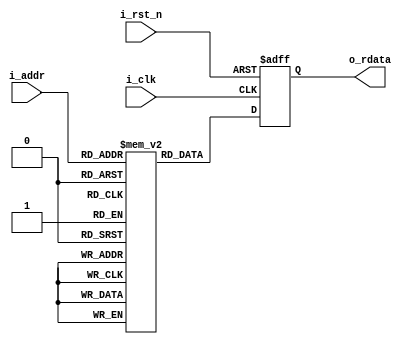
module LLR_mem #(
	parameter MEM_WIDTH = 32,
	parameter MEM_DEPTH = 64,
	parameter MEM_ADDRW = $clog2(MEM_DEPTH)
)
(
	input             			i_clk,
	input             			i_rst_n,
	input  [ MEM_ADDRW-1 : 0 ] 	i_addr,
	output [ MEM_WIDTH-1 : 0 ] 	o_rdata
);	
	reg  [ MEM_WIDTH-1 : 0 ] mem_r    [ 0 : MEM_DEPTH-1 ];
	reg  [ MEM_WIDTH-1 : 0 ] rdata_w, rdata_r ;

	wire [ MEM_ADDRW-1 : 0 ] vaddr	 ;

	assign o_rdata = rdata_r;
	assign vaddr = i_addr;

	always@(*) begin
		rdata_w = mem_r[vaddr];
	end

	always@(posedge i_clk or negedge i_rst_n)  begin
		if(!i_rst_n) rdata_r <= { MEM_WIDTH { 1'b0 } };
		else         rdata_r <= #(1.0) rdata_w;
	end

endmodule